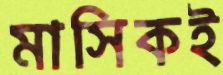
মাসিকই